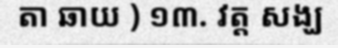
តា ឆាយ ) ១៣. វត្ត សង្ឃ